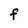
Character: F